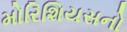
મોરિશિયસનો